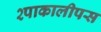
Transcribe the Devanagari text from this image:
२पाकालीपस